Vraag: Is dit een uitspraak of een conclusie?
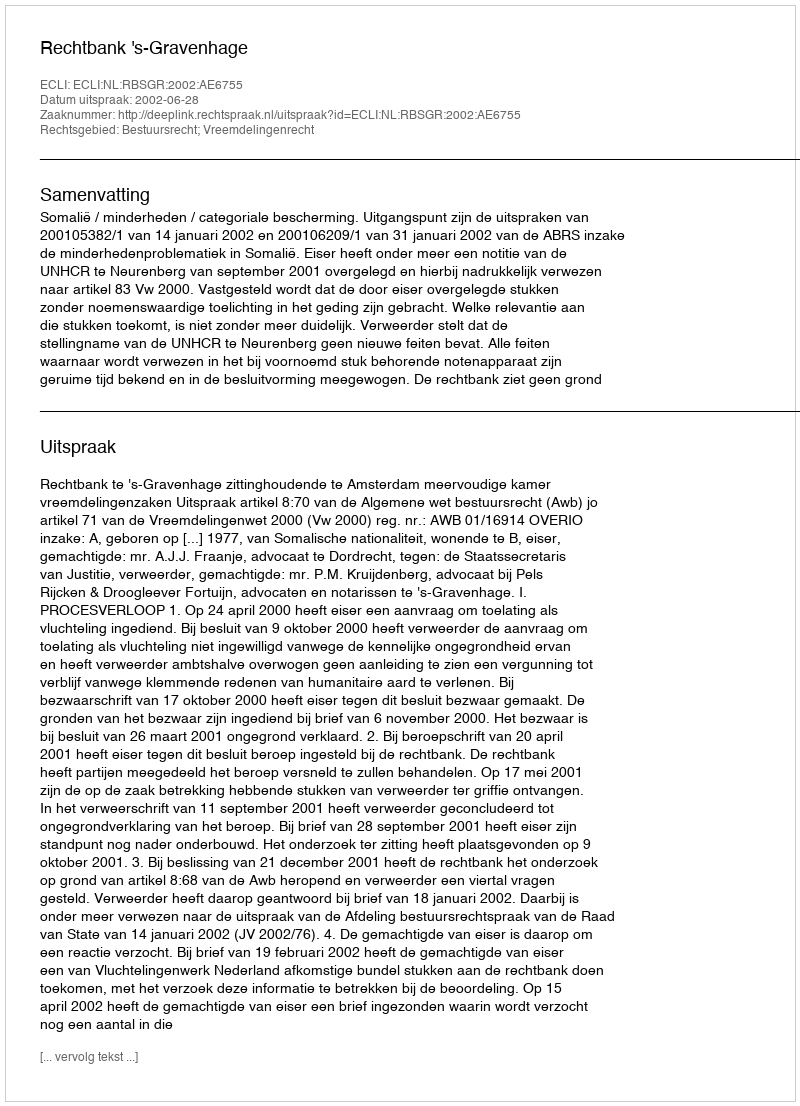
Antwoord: Uitspraak